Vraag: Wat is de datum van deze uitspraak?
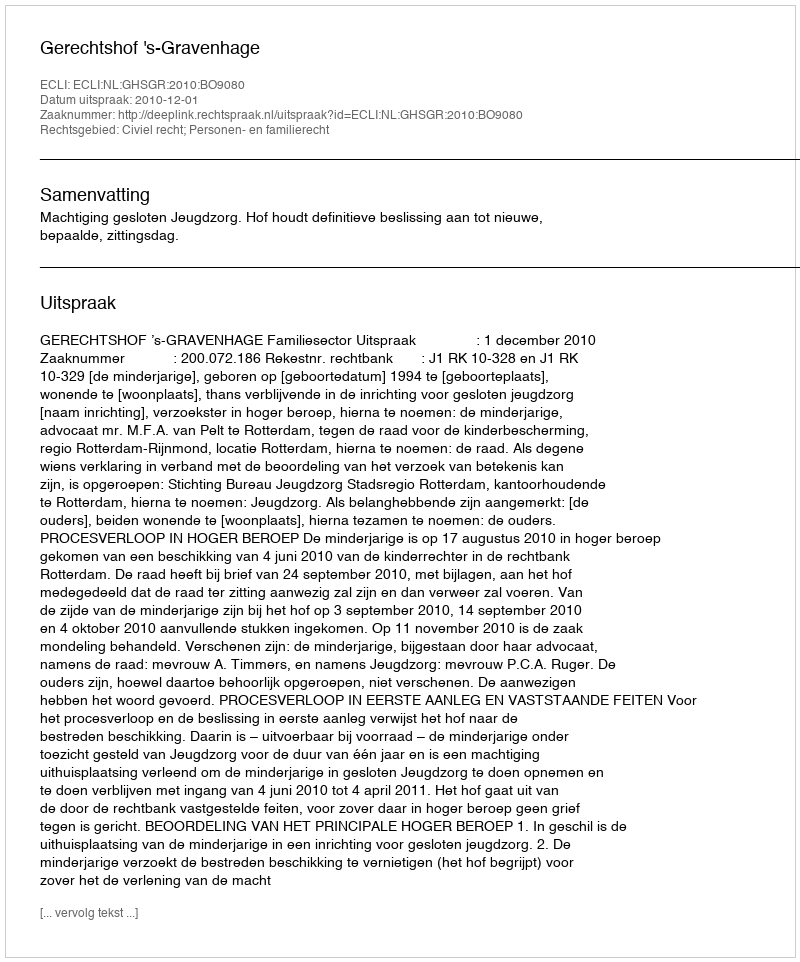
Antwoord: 2010-12-01